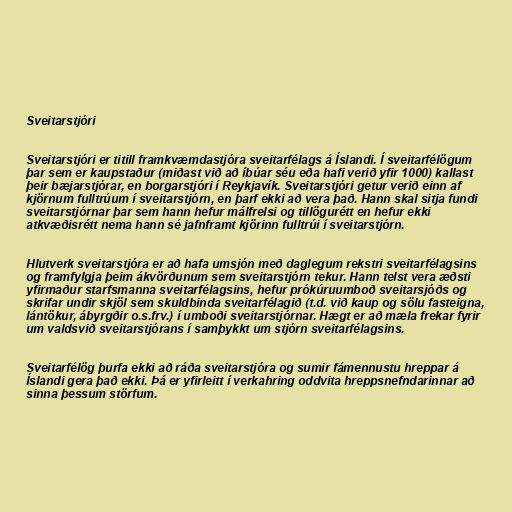
Sveitarstjóri

Sveitarstjóri er titill framkvæmdastjóra sveitarfélags á Íslandi. Í sveitarfélögum
þar sem er kaupstaður (miðast við að íbúar séu eða hafi verið yfir 1000) kallast
þeir bæjarstjórar, en borgarstjóri í Reykjavík. Sveitarstjóri getur verið einn af
kjörnum fulltrúum í sveitarstjórn, en þarf ekki að vera það. Hann skal sitja fundi
sveitarstjórnar þar sem hann hefur málfrelsi og tillögurétt en hefur ekki
atkvæðisrétt nema hann sé jafnframt kjörinn fulltrúi í sveitarstjórn.

Hlutverk sveitarstjóra er að hafa umsjón með daglegum rekstri sveitarfélagsins
og framfylgja þeim ákvörðunum sem sveitarstjórn tekur. Hann telst vera æðsti
yfirmaður starfsmanna sveitarfélagsins, hefur prókúruumboð sveitarsjóðs og
skrifar undir skjöl sem skuldbinda sveitarfélagið (t.d. við kaup og sölu fasteigna,
lántökur, ábyrgðir o.s.frv.) í umboði sveitarstjórnar. Hægt er að mæla frekar fyrir
um valdsvið sveitarstjórans í samþykkt um stjórn sveitarfélagsins.

Sveitarfélög þurfa ekki að ráða sveitarstjóra og sumir fámennustu hreppar á
Íslandi gera það ekki. Þá er yfirleitt í verkahring oddvita hreppsnefndarinnar að
sinna þessum störfum.